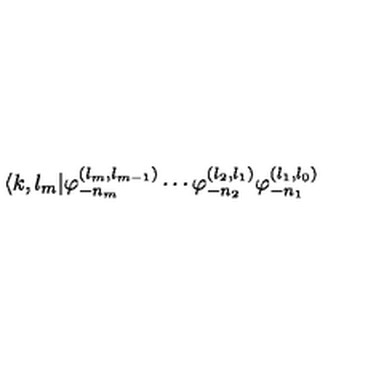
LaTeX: \langle k , l _ { m } | \varphi _ { - n _ { m } } ^ { ( l _ { m } , l _ { m - 1 } ) } \cdots \varphi _ { - n _ { 2 } } ^ { ( l _ { 2 } , l _ { 1 } ) } \varphi _ { - n _ { 1 } } ^ { ( l _ { 1 } , l _ { 0 } ) }